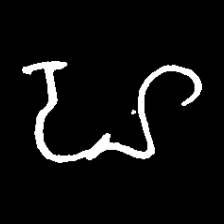
Pyu character \u2014 Myanmar letter: ဟ (romanized: ha)